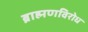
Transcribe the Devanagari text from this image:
ब्राह्मणविरोध